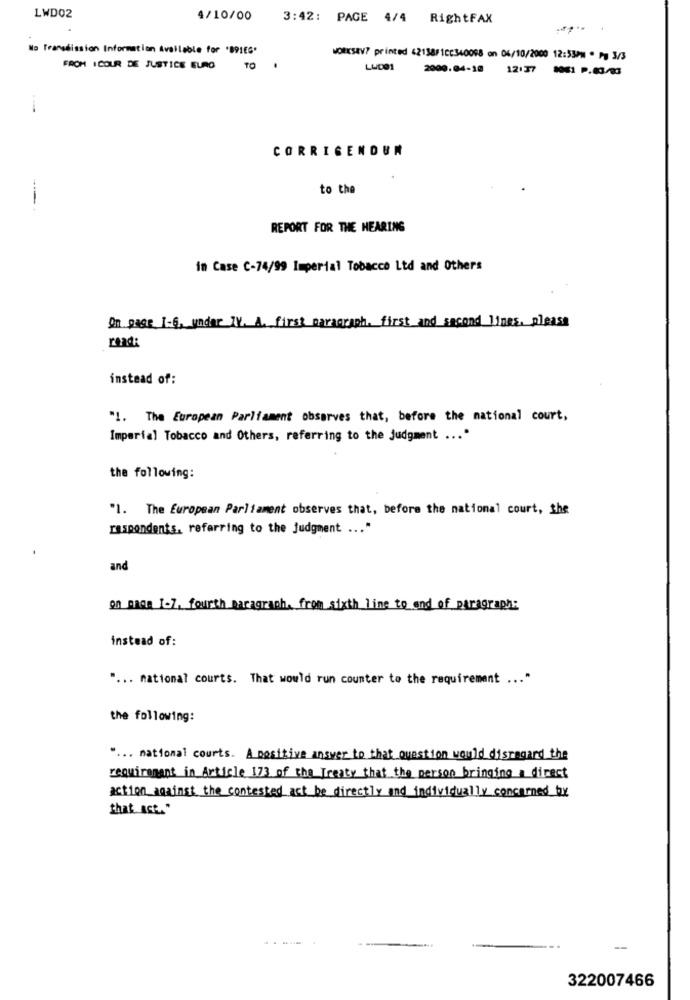
LWD02
4/10/00
3:42: PAGE 4/4 RightFAX
No Transmission Information Available for '89166*
WORKSAV? printed 42138/10C340098 on 04/10/2000 12:53PM . Py 3/3
FROM ICOUR DE JUSTICE EURO
TO
LWD01 2000.04-18 12:37 0061 P.43/03
-
CORRIGENOUN
to the
---
REPORT FOR THE HEARING
in Case C-74/99 Imperial Tobacco Ltd and Others
On page 1-6, under IV. A. first paragraph. first and second_lines. please
read:
instead of:
"1. The European Parliament observes that, before the national court,
Imperial Tobacco and Others, referring to the Judgment ... "
the following:
"1. The European Parliament observes that, before the national court, the
respondents, referring to the judgment ... "
and
on page 1-7, fourth paragraph. from sixth line to end of paragraph:
instead of:
... national courts. That would run counter to the requirement
...*
the following:
" ... national courts. A positive answer to that question would disregard the
requirenant_in_Article 173 of the Treaty that the person bringing a direct
action against the contested act be directly and individually concerned by
that ast."
322007466